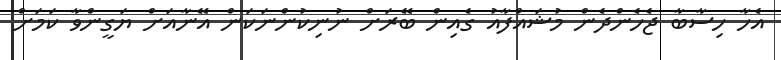
އެހާ ހިސާބާ ޖެހެންދެން މުޝައްފާއު ގެއިން ބޭރަށް ނުނިކުންނަކަން އޭނާއަށް ޔަގީންވާ ކަމަށް